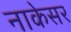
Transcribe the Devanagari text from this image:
नाकेसर